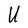
Character: U